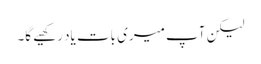
لیکن آپ میری بات یاد رکھیے گا۔